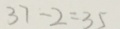
3 7 - 2 = 3 5